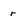
Character: r